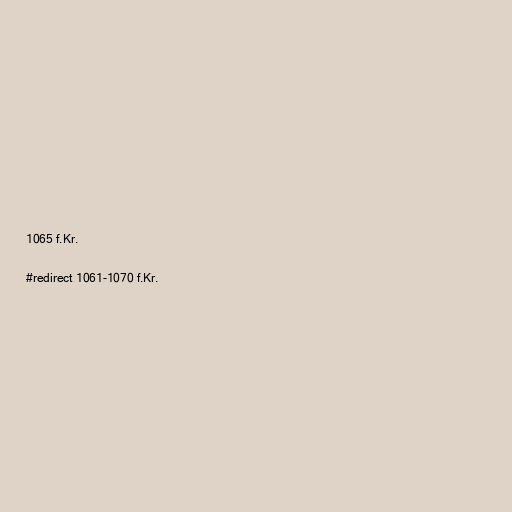
1065 f.Kr.

#redirect 1061-1070 f.Kr.